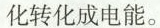
化转化成电能。